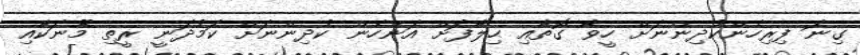
ގިނަ ފިރިހެންކުދިންނަށް ހީވާ ގޮތާއި ޙިލާފަށް އަންހެން ކުދިންނަށް ކަމުދަނީ ރީތި މޫނަކާއި